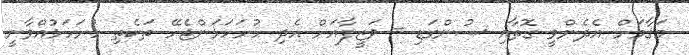
މަޤާމަށް އެދެންވީ ގޮތާއި ސުންގަޑި - ވަޒީފާއަށް އެދި ހުށަހަޅަންޖެހޭ ތަކެތި ހުށަހަޅުއްވާނީ